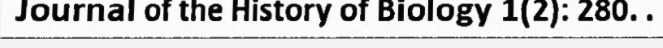
Journal of the History of Biology 1(2): 280. .